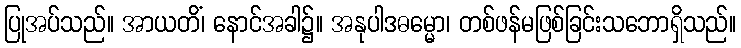
ပြုအပ်သည်။ အာယတိံ၊ နောင်အခါ၌။ အနုပါဒဓမ္မော၊ တစ်ဖန်မဖြစ်ခြင်းသဘောရှိသည်။